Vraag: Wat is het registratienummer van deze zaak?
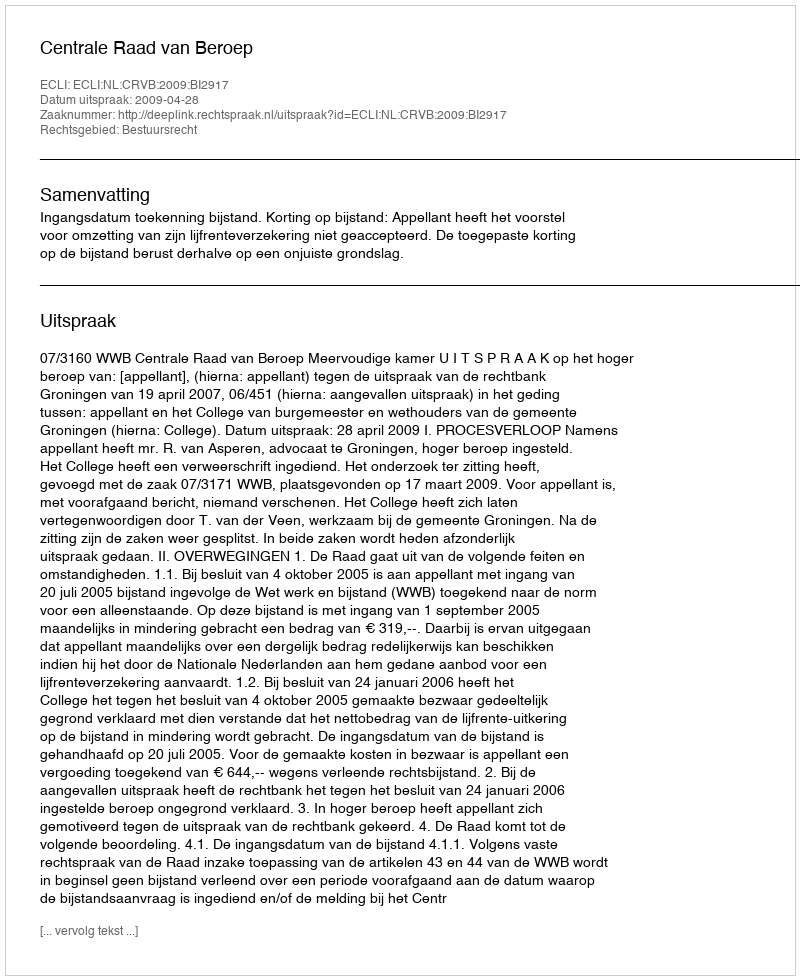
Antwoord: http://deeplink.rechtspraak.nl/uitspraak?id=ECLI:NL:CRVB:2009:BI2917